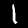
Digit: 1